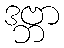
ဒဗ္ဘာ